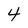
Character: 4